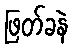
ဖြတ်ခနဲ